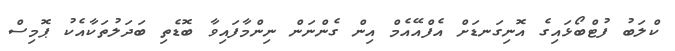
ކްލަބު ފުޓްބޯޅައިގެ އޮނިގަނޑަށް އެފްއޭއެމް އިން ގެންނަން ނިންމާފައިވާ ބޮޑެތި ބަދަލުތަކާއެކު ޕޮމިސް